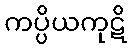
ကပ္ပိယကုဋိ